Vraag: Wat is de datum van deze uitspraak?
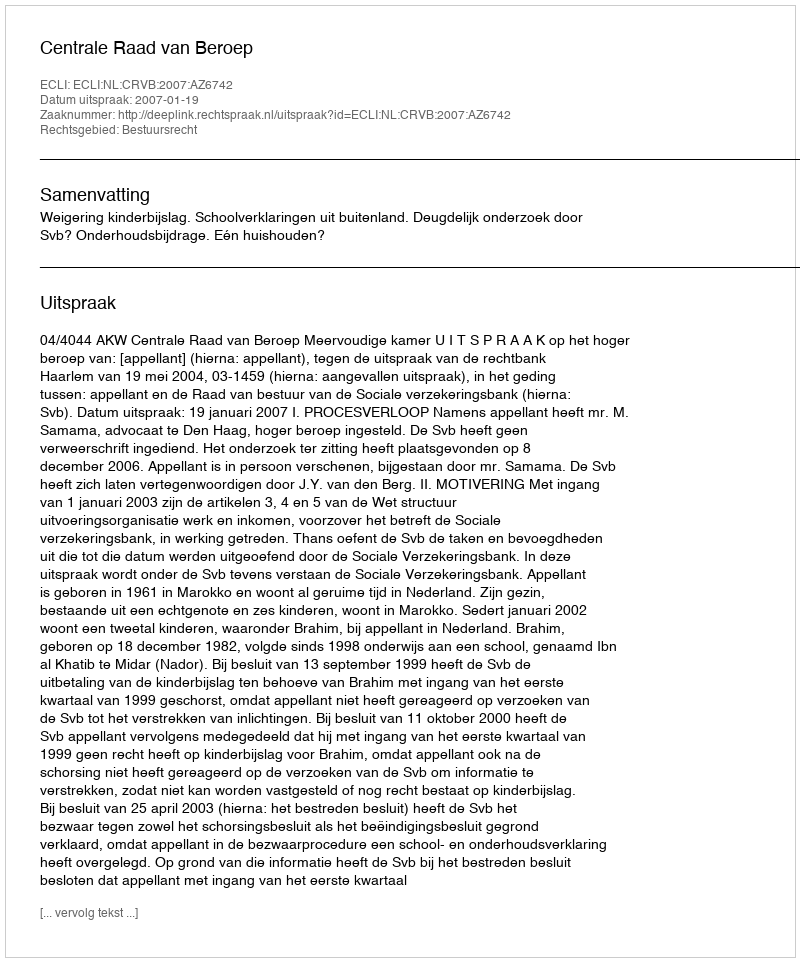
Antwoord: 2007-01-19